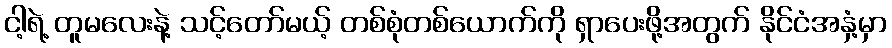
ငါ့ရဲ့ တူမလေးနဲ့ သင့်တော်မယ့် တစ်စုံတစ်ယောက်ကို ရှာပေးဖို့အတွက် နိုင်ငံအနှံ့မှာ